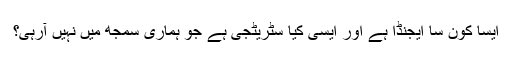
ایسا کون سا ایجنڈا ہے اور ایسی کیا سٹریٹجی ہے جو ہماری سمجھ میں نہیں آرہی؟